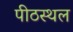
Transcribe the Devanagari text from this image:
पीठस्थल